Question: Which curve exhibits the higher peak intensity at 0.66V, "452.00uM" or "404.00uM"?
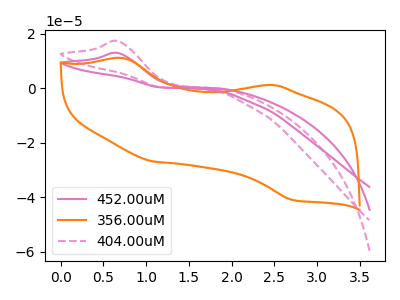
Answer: <think>The pink curve "452.00uM" has an anodic peak at: (0.65V, 12.95uA). The orange curve "356.00uM" has anodic peaks at (0.75V, 11.00uA) (2.50V, 1.15uA) and cathodic peaks at (1.10V, -26.90uA) (2.70V, -40.95uA). The pink dashed curve "404.00uM" has an anodic peak at: (0.65V, 17.30uA).</think>
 <answer>The peak at 0.66V is lower in "452.00uM" than in "404.00uM".</answer>
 <eval>lower</eval>